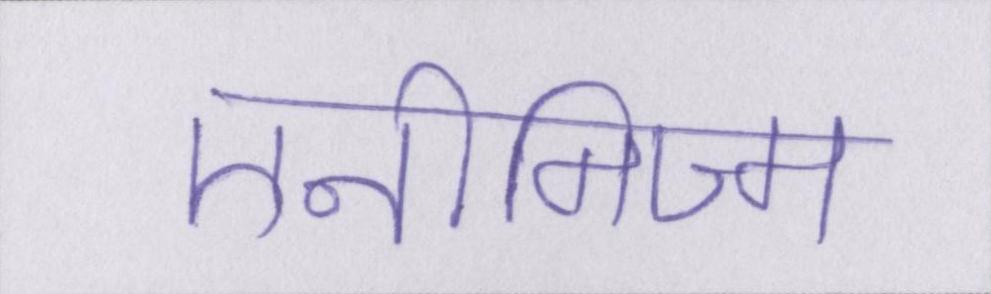
एनीमिज्म